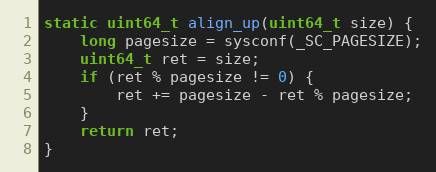
Language: C
static uint64_t align_up(uint64_t size) {
    long pagesize = sysconf(_SC_PAGESIZE);
    uint64_t ret = size;
    if (ret % pagesize != 0) {
        ret += pagesize - ret % pagesize;
    }
    return ret;
}